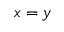
{ x } = { y }